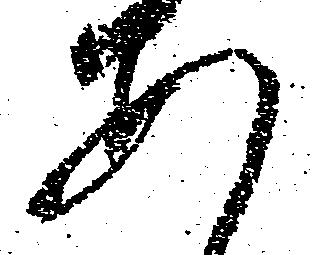
あ